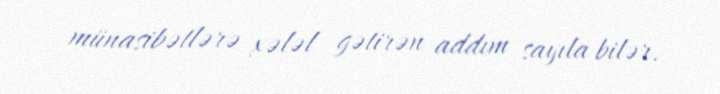
münasibətlərə xələl gətirən addım sayıla bilər.